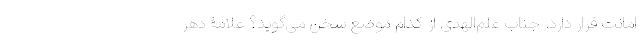
امانت قرار دارد. جناب علم‌الهدی از کدام موضع سخن می‌گوید؟ علّامۀ دهر